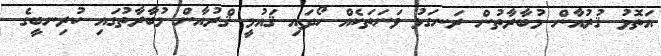
އަތޮޅު ޤުރުއާން މުބާރާތުން ރަނގަޅު ވަނަތަކެއް ހޯދައި ޤައުމީ ޤްރުއާން މުބާރާތުގައި ކުރިނބީގެ